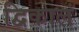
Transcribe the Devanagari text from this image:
द्विकालं